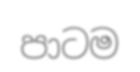
පාටම